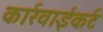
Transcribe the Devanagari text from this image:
कार्रवाईकर्ट